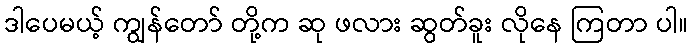
ဒါပေမယ့် ကျွန်တော် တို့က ဆု ဖလား ဆွတ်ခူး လိုနေ ကြတာ ပါ။